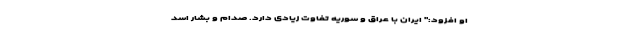
او افزود:" ایران با عراق و سوریه تفاوت زیادی دارد. صدام و بشار اسد